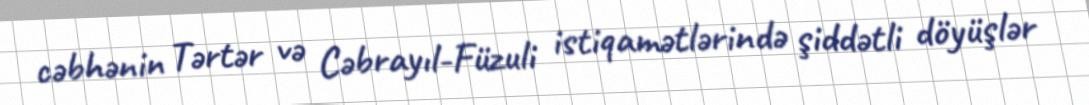
cəbhənin Tərtər və Cəbrayıl-Füzuli istiqamətlərində şiddətli döyüşlər